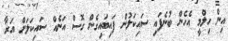
އިން ހިލްމީ އެހެން ބުނެފައި ސައިކަލުން ފައިބައިގެން ގޮސް އަނެއް ސައިކަލަށް އަރާ